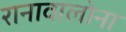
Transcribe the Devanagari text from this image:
रानावालोना